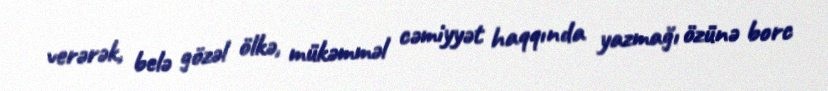
verərək, belə gözəl ölkə, mükəmməl cəmiyyət haqqında yazmağı özünə borc